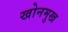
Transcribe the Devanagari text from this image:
खोनमुख